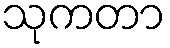
သုကတာ